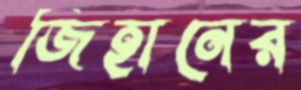
জিহানের